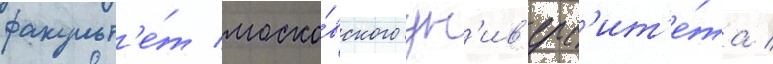
факульт'е́т моско́вского ун'ив'ерс'ит'е́та /